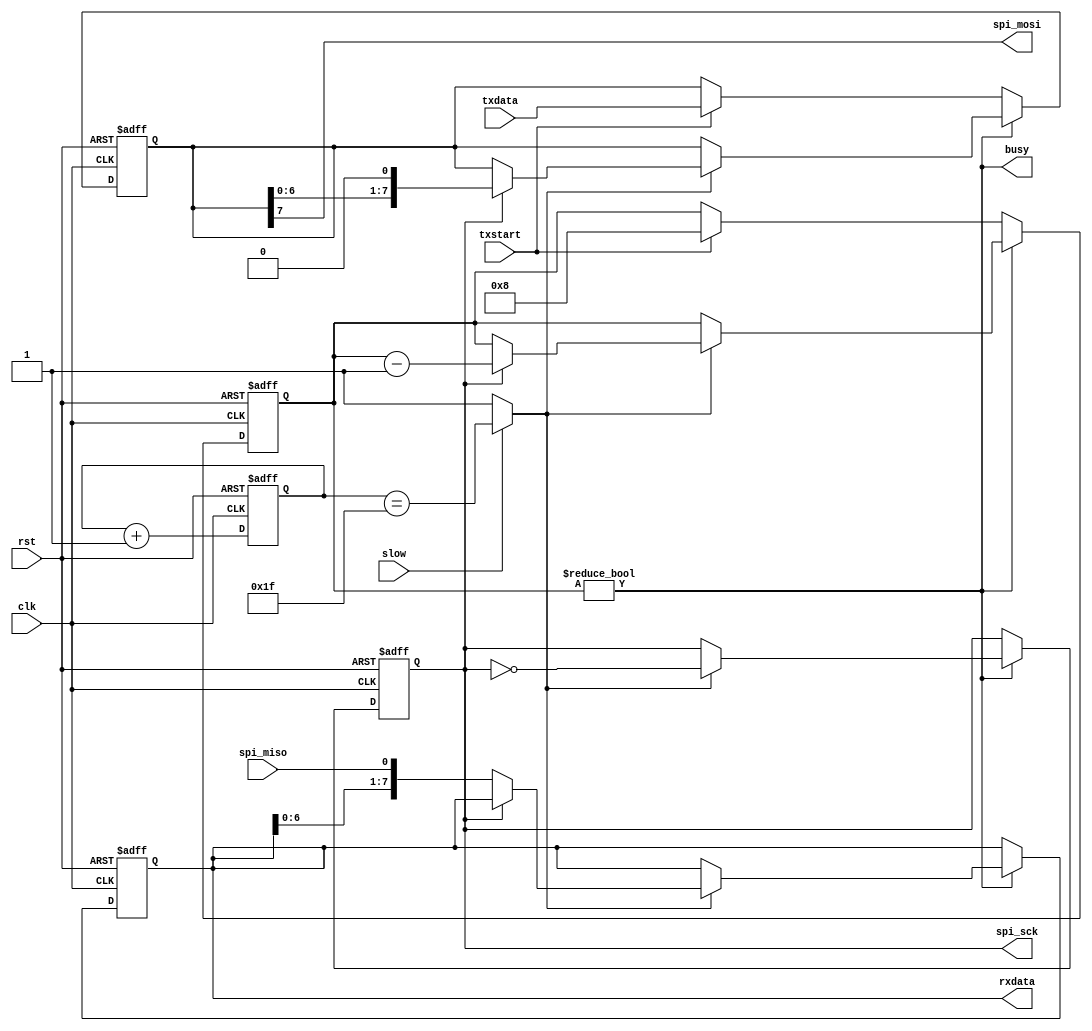
//`default_nettype none

module spictrl(
    input  wire       rst,
    input  wire       clk,
    
    // Register interface
    input  wire [7:0] txdata,
    input  wire       txstart,
    output wire [7:0] rxdata,
    output wire       busy,

    input  wire       slow,
    
    // SPI interface
    output wire       spi_sck,
    output wire       spi_mosi,
    input  wire       spi_miso);

    reg [3:0] bitcnt_r;
    assign busy = (bitcnt_r != 'd0);

    reg [7:0] tx_shift_r, rx_shift_r;

    assign spi_mosi = tx_shift_r[7];
    assign rxdata = rx_shift_r;

    reg [4:0] div_cnt_r;
    always @(posedge clk or posedge rst) begin
        if (rst) begin
            div_cnt_r <= 0;
        end else begin
            div_cnt_r <= div_cnt_r + 5'd1;
        end
    end

    wire clk_pulse = slow ? (div_cnt_r == 'd31) : 1'b1;

    reg clk_r;
    assign spi_sck = clk_r;

    always @(posedge clk or posedge rst) begin
        if (rst) begin
            tx_shift_r <= 0;
            rx_shift_r <= 0;
            bitcnt_r   <= 0;
            clk_r      <= 0;

        end else begin
            if (busy) begin
                if (clk_pulse) begin
                    clk_r <= !clk_r;
                    if (clk_r) begin
                        tx_shift_r <= {tx_shift_r[6:0], 1'b0};
                        bitcnt_r <= bitcnt_r - 4'd1;
                    end else begin
                        rx_shift_r <= {rx_shift_r[6:0], spi_miso};
                    end
                end

            end else begin
                if (txstart) begin
                    tx_shift_r <= txdata;
                    bitcnt_r <= 4'd8;
                end
            end
        end
    end

endmodule